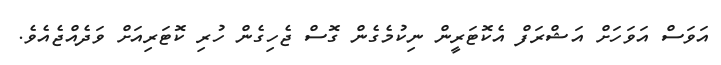
އަވަސް އަވަހަށް އަޝްރަފް އެކޮޓަރީން ނިކުމެގެން ގޮސް ޖެހިގެން ހުރި ކޮޓަރިއަށް ވަދެއްޖެއެވެ.